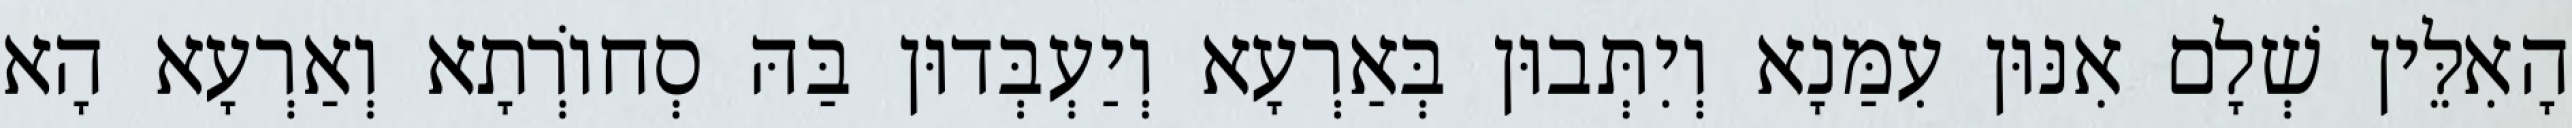
הָאִלֵּין שְׁלָם אִנּוּן עִמַּנָא וְיִתְּבוּן בְּאַרְעָא וְיַעְבְּדוּן בַּהּ סְחוֹרְתָא וְאַרְעָא הָא